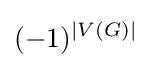
(-1)^{|V(G)|}